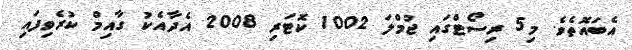
އެބައޮތެވެ. މި5 ރިސޯޓްގައި ޖުމްލަ 1002 ކޮޓަރި 2008 އެދާއެކު ގާއިމް ކުރެވިފައި